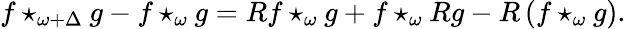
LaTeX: f\star_{\omega+\Delta}g-f\star_{\omega}g=Rf\star_{\omega}g+f\star_{\omega}Rg-R\left(f\star_{\omega}g\right).